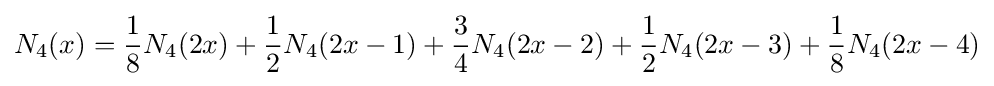
N_{4}(x)={\frac {1}{8}}N_{4}(2x)+{\frac {1}{2}}N_{4}(2x-1)+{\frac {3}{4}}N_{4}(2x-2)+{\frac {1}{2}}N_{4}(2x-3)+{\frac {1}{8}}N_{4}(2x-4)